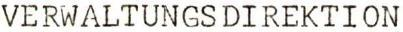
VERWALTUNGSDIREKTION